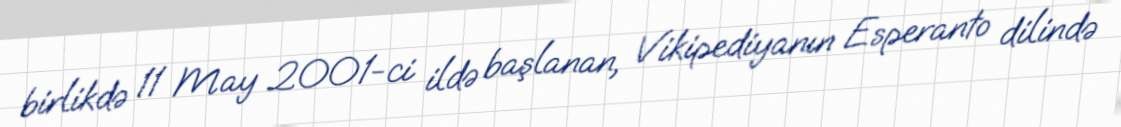
birlikdə 11 May 2001-ci ildə başlanan, Vikipediyanın Esperanto dilində